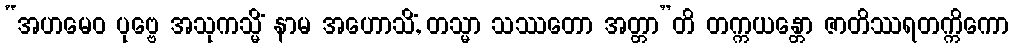
“အဟမေဝ ပုဗ္ဗေ အသုကသ္မိံ နာမ အဟောသိံ, တသ္မာ သဿတော အတ္တာ”တိ တက္ကယန္တော ဇာတိဿရတက္ကိကော